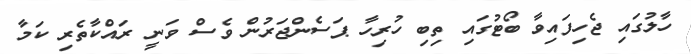
ހާލުގައި ޖެހިފައިވާ ބޯޓުގައި ތިބި ހުރިހާ ޕަސެންޖަރުން ވެސް ވަނީ ރައްކާތެރި ކަމާ